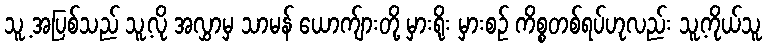
သူ့ အပြစ်သည် သူ့လို အလွှာမှ သာမန် ယောက်ျားတို့ မှားရိုး မှားစဉ် ကိစ္စတစ်ရပ်ဟုလည်း သူ့ကိုယ်သူ